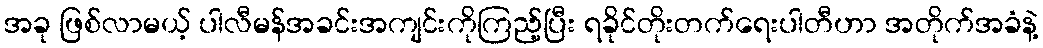
အခု ဖြစ်လာမယ့် ပါလီမန်အခင်းအကျင်းကိုကြည့်ပြီး ရခိုင်တိုးတက်ရေးပါတီဟာ အတိုက်အခံနဲ့